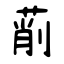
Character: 萷